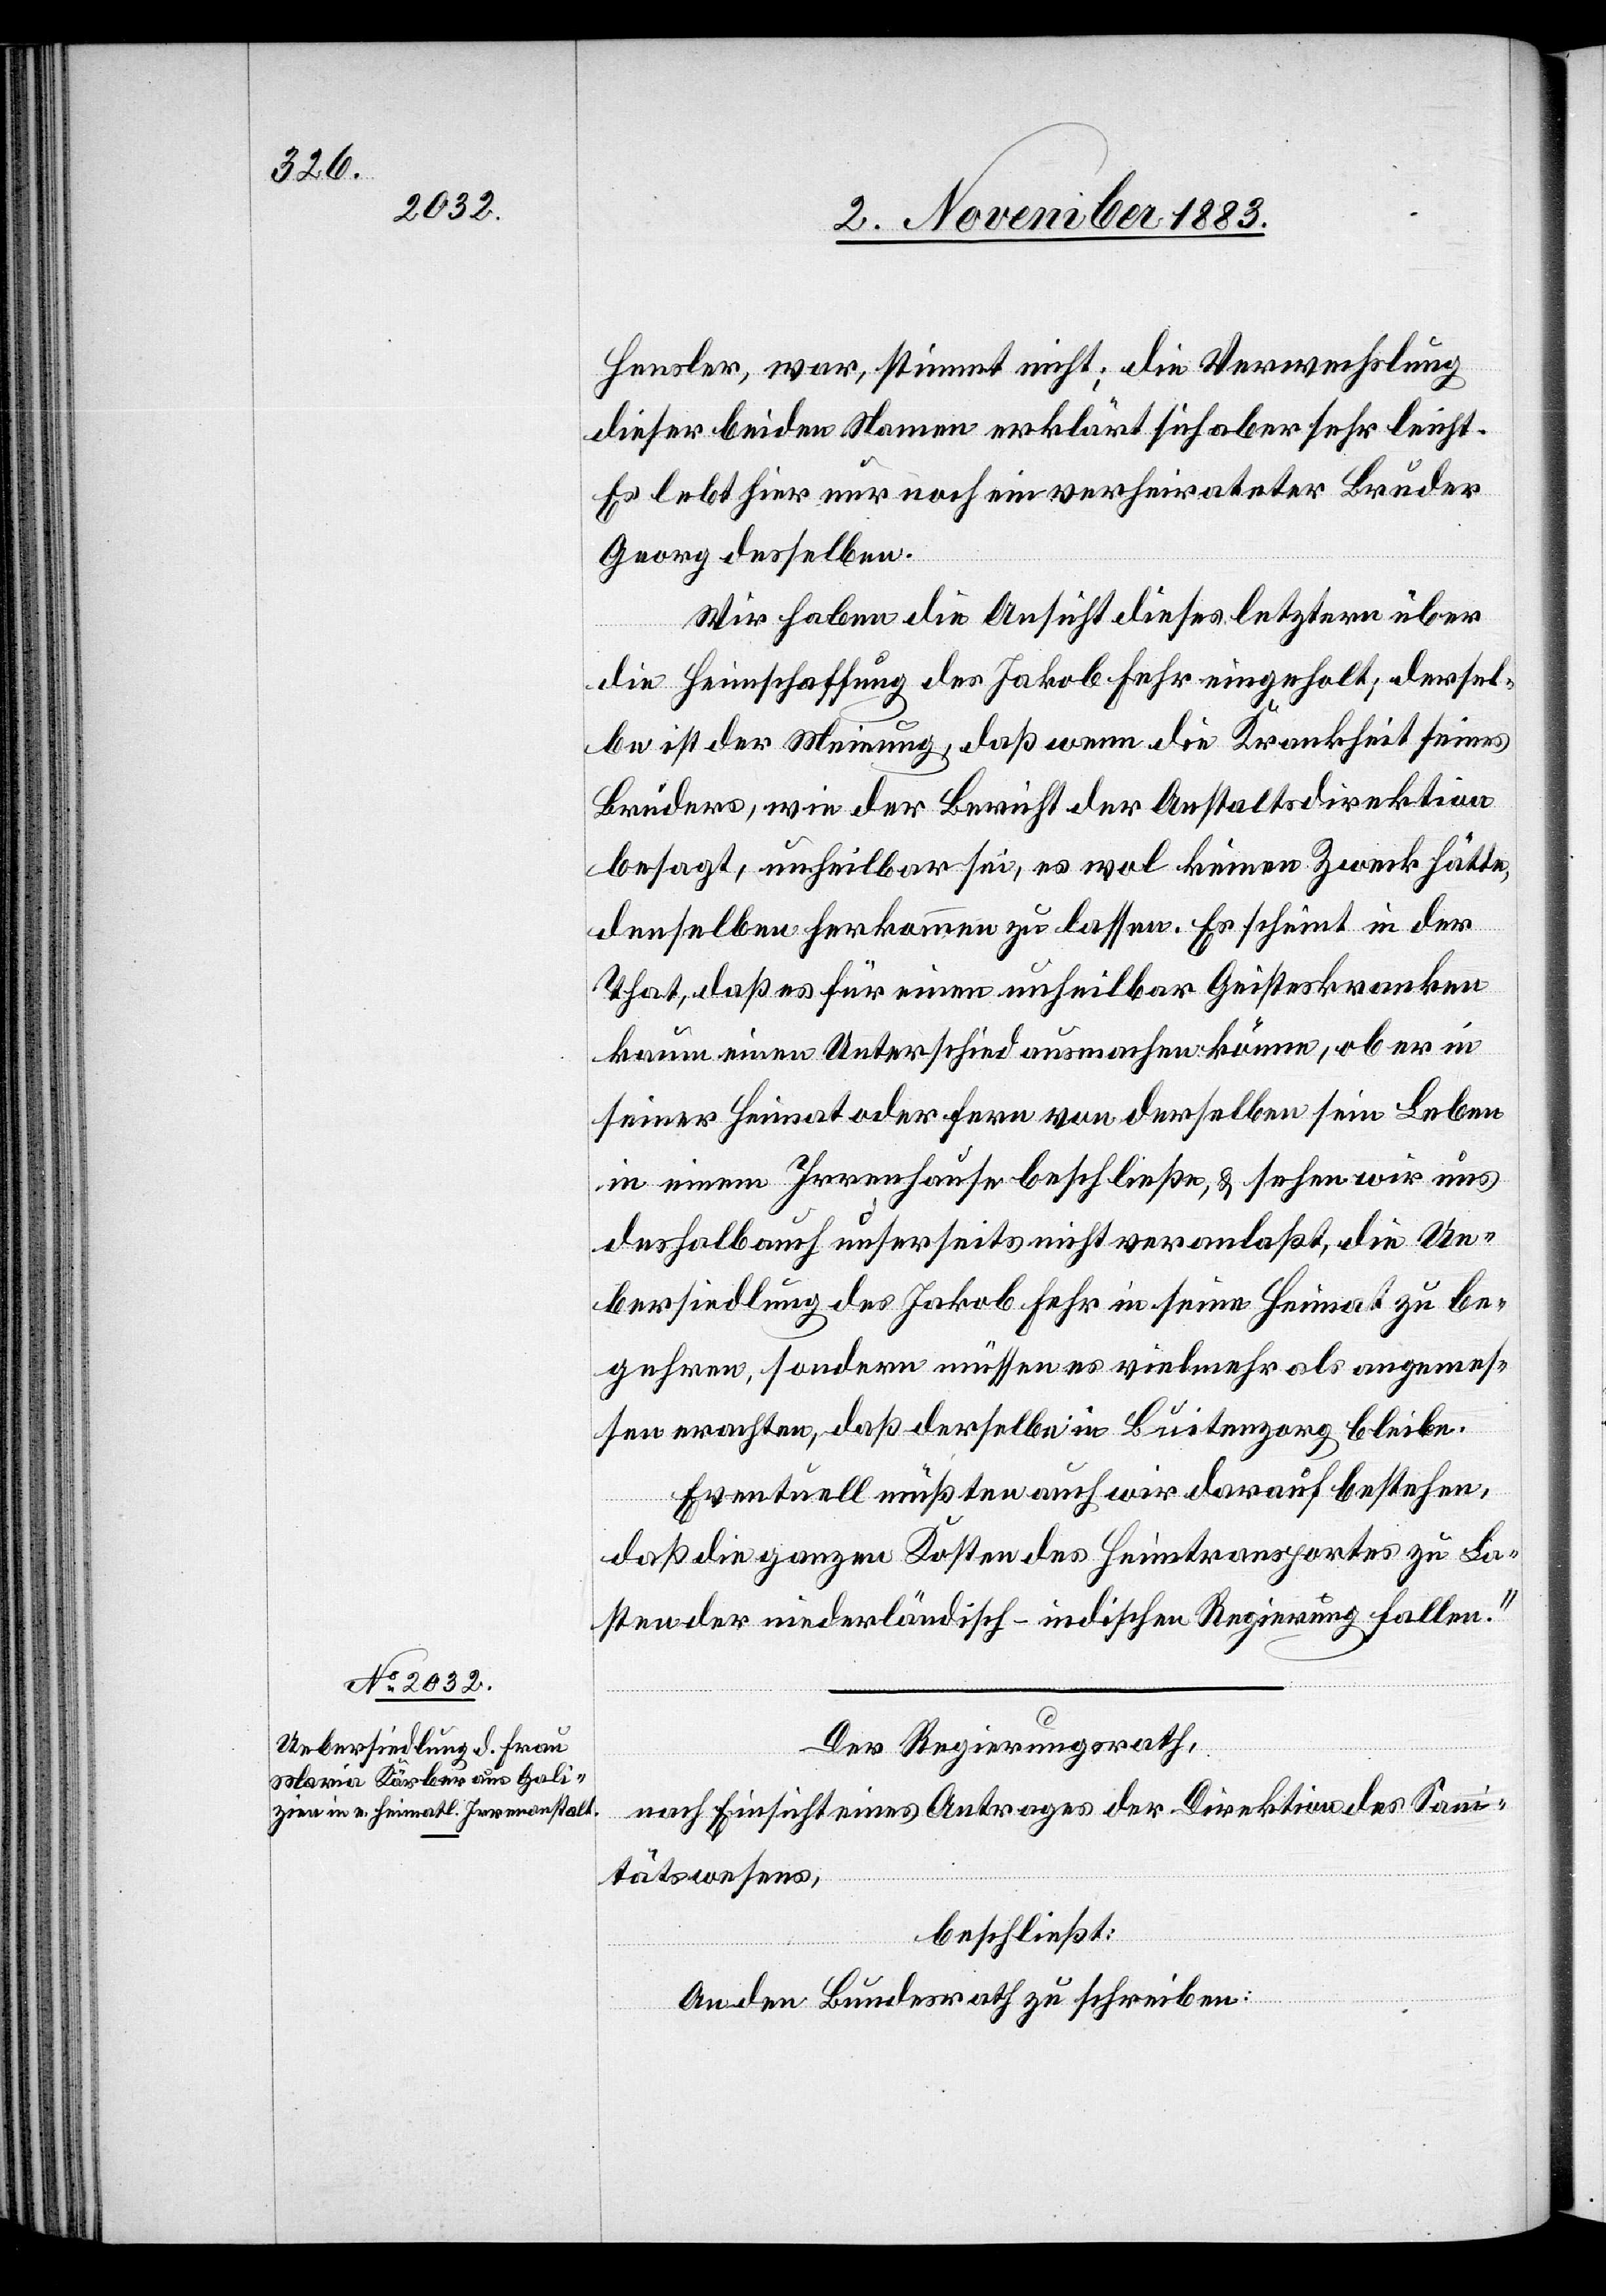
Hensler, war, stimmt nicht; die Verwechslung
dieser beiden Namen erklärt sich aber sehr leicht.
Es lebt hier nur noch ein verheirateter Bruder
Georg desselben.
Wir haben die Ansicht dieses letztern über
die Heimschaffung des Jakob Fehr eingeholt, dersel¬
be ist der Meinung, daß wenn die Krankheit seines
Bruders, wie der Bericht der Anstaltsdirektion
besagt, unheilbar sei, es wol keinen Zweck hätte,
denselben herkommen zu lassen. Es scheint in der
That, daß es für einen unheilbar Geisteskranken
kaum einen Unterschied ausmachen könne, ob er in
seiner Heimat oder fern von derselben sein Leben
in einem Irrenhause beschließe, & sehen wir uns
deshalb auch unserseits nicht veranlaßt, die Ue¬
bersiedlung des Jakob Fehr in seine Heimat zu be¬
gehren, sondern müssen es vielmehr als angemes¬
sen erachten, daß derselbe in Buitenzorg bleibe.
Eventuell müßten auch wir darauf bestehen,
daß die ganzen Kosten des Heimtransportes zu La¬
sten der niederländisch-indischen Regierung fallen.“
Der Regierungsrath,
nach Einsicht eines Antrages der Direktion des Sani¬
tätswesens,
beschließt:
An den Bundesrath zu schreiben: